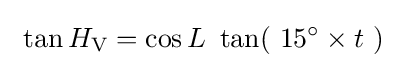
\ \tan H_{\text{V}}=\cos L\ \tan(\ 15^{\circ }\times t\ )\